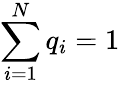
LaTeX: \sum_{i=1}^{N}q_{i}=1